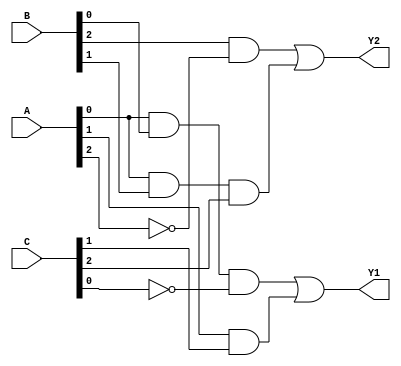
module PAL (
    input wire [2:0] A, // 3-bit input for signals A, B, C
    input wire [2:0] B, // Additional inputs can be added as needed
    input wire [2:0] C,
    output wire Y1,     // Output Y1
    output wire Y2      // Output Y2
);

// Define the number of AND gates and their inputs
parameter NUM_AND_GATES = 4;
parameter NUM_INPUTS = 3;

// Programmable AND array
wire [NUM_AND_GATES-1:0] and_out; // Outputs from AND gates

// Programmable connections for AND gates
// Each AND gate can take any combination of inputs and their complements
assign and_out[0] = (A[0] & B[0] & ~C[0]); // Example: A0 AND B0 AND NOT C0
assign and_out[1] = (A[1] & C[1]);         // Example: A1 AND C1
assign and_out[2] = (B[2] & ~A[2]);        // Example: B2 AND NOT A2
assign and_out[3] = (A[0] & B[1] & C[2]);  // Example: A0 AND B1 AND C2

// Fixed OR array
assign Y1 = and_out[0] | and_out[1]; // Output Y1 is the OR of AND gate 0 and 1
assign Y2 = and_out[2] | and_out[3]; // Output Y2 is the OR of AND gate 2 and 3

endmodule